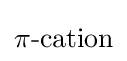
{\ce {\pi -cation}}